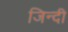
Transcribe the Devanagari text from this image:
जिन्दी